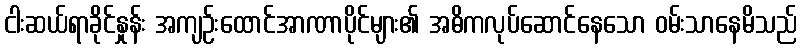
ငါးဆယ်ရာခိုင်နှုန်း အကျဉ်းထောင်အာဏာပိုင်များ၏ အဓိကလုပ်ဆောင်နေသော ဝမ်းသာနေမိသည်